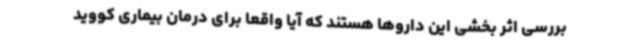
بررسی اثر بخشی این داروها هستند که آیا واقعا برای درمان بیماری کووید